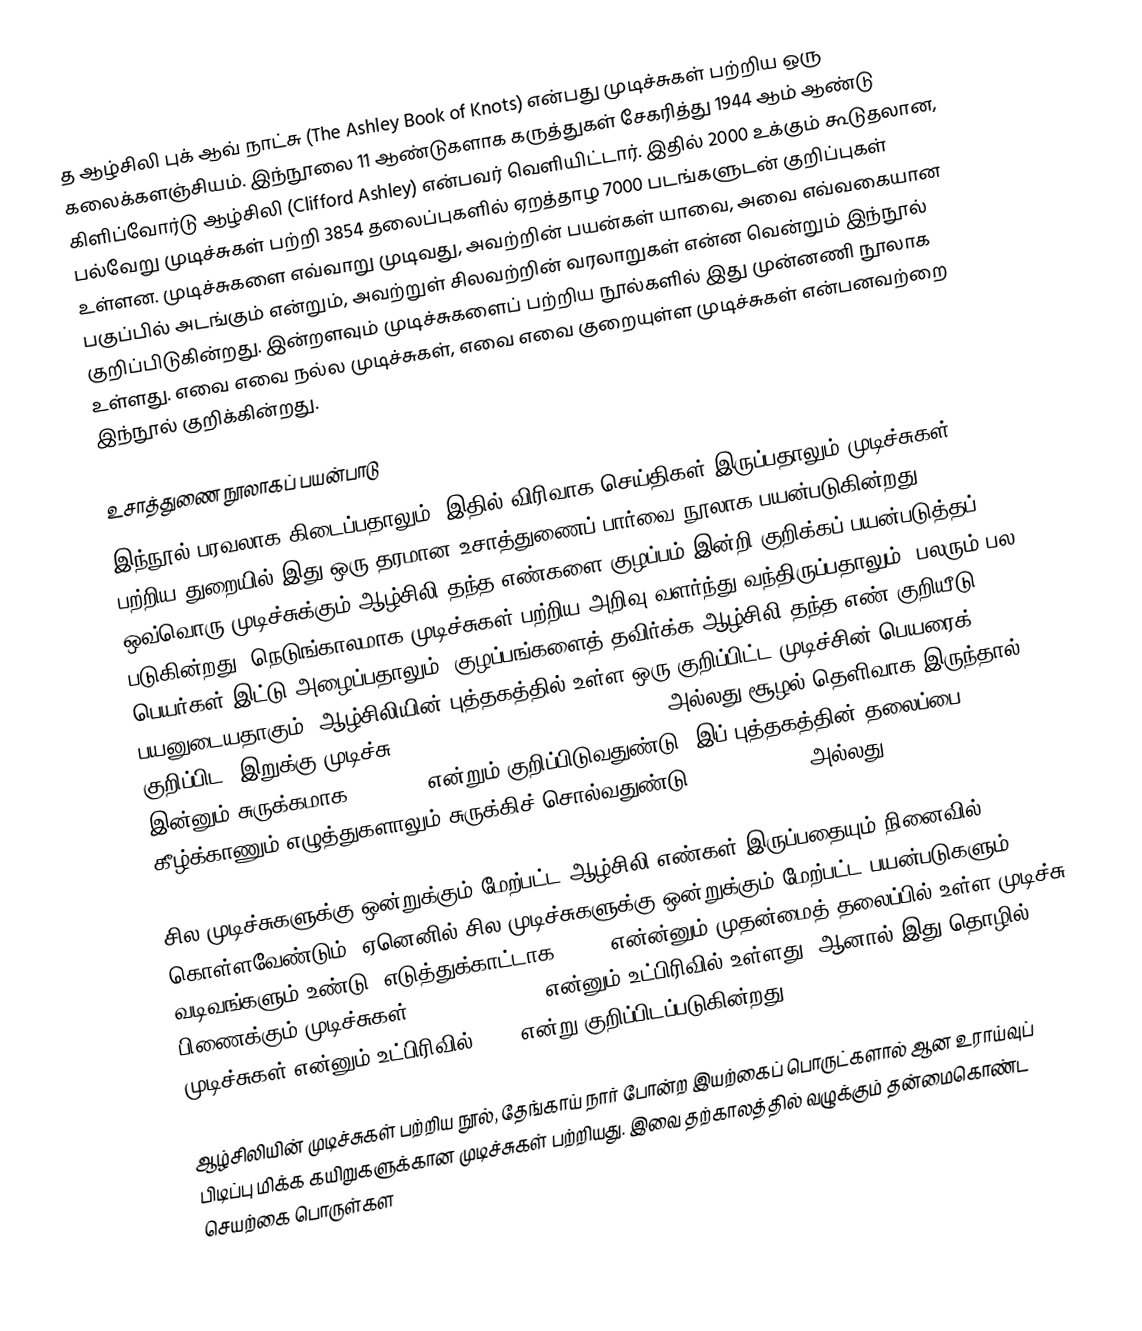
த ஆழ்சிலி புக் ஆவ் நாட்சு (The Ashley Book of Knots) என்பது முடிச்சுகள் பற்றிய ஒரு கலைக்களஞ்சியம். இந்நூலை 11 ஆண்டுகளாக கருத்துகள் சேகரித்து 1944 ஆம் ஆண்டு கிளிப்வோர்டு ஆழ்சிலி (Clifford Ashley) என்பவர் வெளியிட்டார். இதில் 2000 உக்கும் கூடுதலான, பல்வேறு முடிச்சுகள் பற்றி 3854 தலைப்புகளில் ஏறத்தாழ 7000 படங்களுடன் குறிப்புகள் உள்ளன. முடிச்சுகளை எவ்வாறு முடிவது, அவற்றின் பயன்கள் யாவை, அவை எவ்வகையான பகுப்பில் அடங்கும் என்றும், அவற்றுள் சிலவற்றின் வரலாறுகள் என்ன வென்றும் இந்நூல் குறிப்பிடுகின்றது. இன்றளவும் முடிச்சுகளைப் பற்றிய நூல்களில் இது முன்னணி நூலாக உள்ளது. எவை எவை நல்ல முடிச்சுகள், எவை எவை குறையுள்ள முடிச்சுகள் என்பனவற்றை இந்நூல் குறிக்கின்றது.

உசாத்துணை நூலாகப் பயன்பாடு
இந்நூல் பரவலாக கிடைப்பதாலும், இதில் விரிவாக செய்திகள் இருப்பதாலும் முடிச்சுகள் பற்றிய துறையில் இது ஒரு தரமான உசாத்துணைப் பார்வை நூலாக பயன்படுகின்றது. ஒவ்வொரு முடிச்சுக்கும் ஆழ்சிலி தந்த எண்களை குழப்பம் இன்றி குறிக்கப் பயன்படுத்தப் படுகின்றது. நெடுங்காலமாக முடிச்சுகள் பற்றிய அறிவு வளர்ந்து வந்திருப்பதாலும், பலரும் பல பெயர்கள் இட்டு அழைப்பதாலும், குழப்பங்களைத் தவிர்க்க ஆழ்சிலி தந்த எண் குறியீடு பயனுடையதாகும். ஆழ்சிலியின் புத்தகத்தில் உள்ள ஒரு குறிப்பிட்ட முடிச்சின் பெயரைக் குறிப்பிட "இறுக்கு முடிச்சு (Constrictor Knot), ABOK #1249", அல்லது  சூழல் தெளிவாக இருந்தால், இன்னும் சுருக்கமாக, "#1249" என்றும் குறிப்பிடுவதுண்டு. இப் புத்தகத்தின் தலைப்பை கீழ்க்காணும் எழுத்துகளாலும் சுருக்கிச் சொல்வதுண்டு:TABOK, TABoK, அல்லது ABoK.

சில முடிச்சுகளுக்கு ஒன்றுக்கும் மேற்பட்ட ஆழ்சிலி எண்கள் இருப்பதையும் நினைவில் கொள்ளவேண்டும், ஏனெனில் சில முடிச்சுகளுக்கு ஒன்றுக்கும் மேற்பட்ட பயன்படுகளும் வடிவங்களும் உண்டு. எடுத்துக்காட்டாக #1249 என்ன்னும் முதன்மைத் தலைப்பில் உள்ள முடிச்சு பிணைக்கும் முடிச்சுகள் (binding knots) என்னும் உட்பிரிவில் உள்ளது, ஆனால் இது தொழில் முடிச்சுகள் என்னும் உட்பிரிவில் #176 என்று குறிப்பிடப்படுகின்றது.

ஆழ்சிலியின் முடிச்சுகள் பற்றிய நூல், தேங்காய் நார் போன்ற இயற்கைப் பொருட்களால் ஆன உராய்வுப் பிடிப்பு மிக்க கயிறுகளுக்கான முடிச்சுகள் பற்றியது. இவை தற்காலத்தில் வழுக்கும் தன்மைகொண்ட செயற்கை பொருள்கள